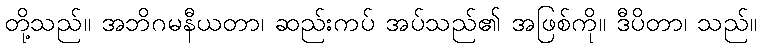
တို့သည်။ အဘိဂမနီယတာ၊ ဆည်းကပ် အပ်သည်၏ အဖြစ်ကို။ ဒီပိတာ၊ သည်။